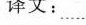
译文: